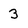
Character: 3